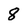
Character: 8